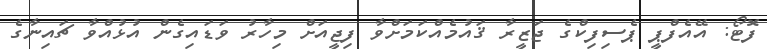
ފޮޓޯ: އޭއެފްޕީ ޕެސިފިކްގެ ޖަޒީރާ ޤައުމެއްކަމަށްވާ ފިޖީއަށް މިހާރު ވަޑައިގެން އުޅުއްވާ ޗައިނާގެ